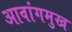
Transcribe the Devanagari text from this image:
आवांगमुख